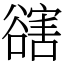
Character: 𧯆